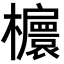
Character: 𣟴